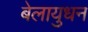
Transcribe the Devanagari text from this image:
बेलायुधन